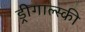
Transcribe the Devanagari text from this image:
ड्रीगाल्स्की